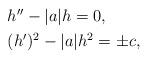
LaTeX: \begin{align*}\begin{array}{l}h''-|a|h=0,\\ \noalign{\smallskip}(h')^2-|a|h^2=\pm c, \end{array}\end{align*}